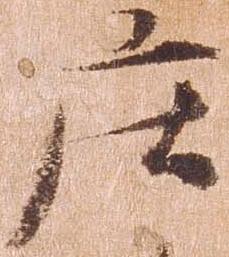
庄